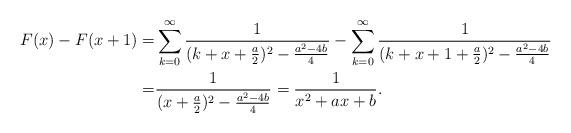
LaTeX: \begin{align*}F(x)-F(x+1)=&\sum_{k=0}^{\infty}\frac{1}{(k+x+\frac a2)^2-\frac{a^2-4b}{4}}-\sum_{k=0}^{\infty}\frac{1}{(k+x+1+\frac a2)^2-\frac{a^2-4b}{4}}\\=&\frac{1}{(x+\frac a2)^2-\frac{a^2-4b}{4}}=\frac{1}{x^2+a x+b}.\end{align*}